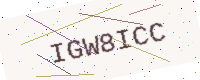
Text: IGW8ICC